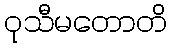
ဝုသီမတောတိ